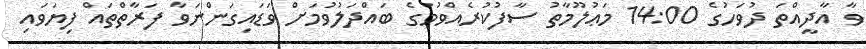
ވާ އާދީއްތަ ދުވަހުގެ 14:00 މަޢުލޫމާތު ސާފުކުރެއްވުމުގެ ބައްދަލުވުމަށް ވަޑައިގަންނަވާ ފަރާތްތައް ފިޔަވައި